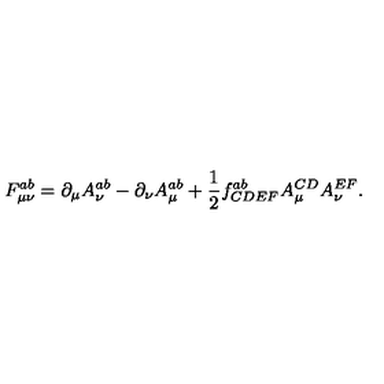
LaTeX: F _ { \mu \nu } ^ { a b } = \partial _ { \mu } A _ { \nu } ^ { a b } - \partial _ { \nu } A _ { \mu } ^ { a b } + \frac { 1 } { 2 } f _ { C D E F } ^ { a b } A _ { \mu } ^ { C D } A _ { \nu } ^ { E F } .